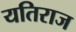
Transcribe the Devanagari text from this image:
यतिराज